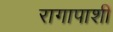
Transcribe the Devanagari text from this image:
रागापाशी